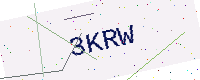
Text: 3KRW